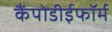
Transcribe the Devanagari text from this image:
कैंपोडीईफॉर्म